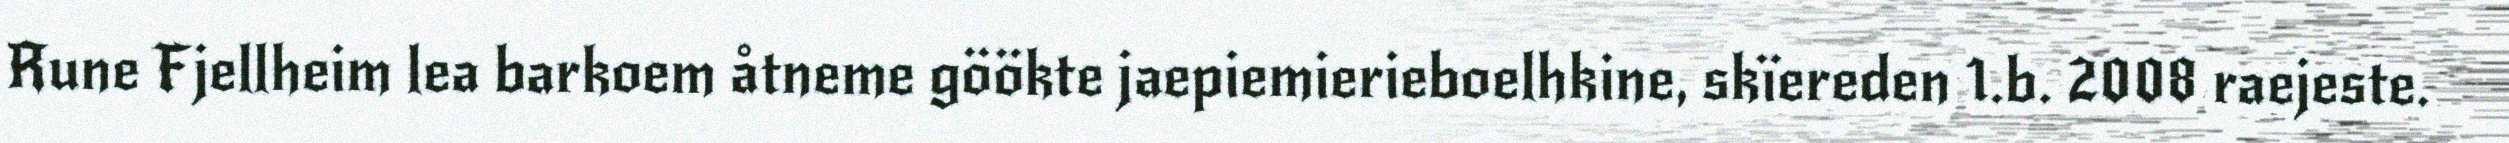
Rune Fjellheim lea barkoem åtneme göökte jaepiemierieboelhkine, skïereden 1.b. 2008 raejeste.